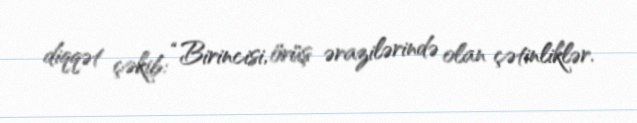
diqqət çəkib: “Birincisi, örüş ərazilərində olan çətinliklər.